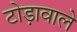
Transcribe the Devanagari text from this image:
टोड़ावाले